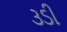
૩ડી